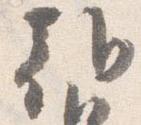
朝